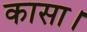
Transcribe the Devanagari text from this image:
कासा।